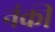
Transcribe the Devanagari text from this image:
नंकी